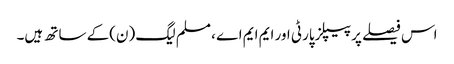
اس فیصلے پر پیپلزپارٹی اور ایم ایم اے ، مسلم لیگ (ن)کے ساتھ ہیں۔